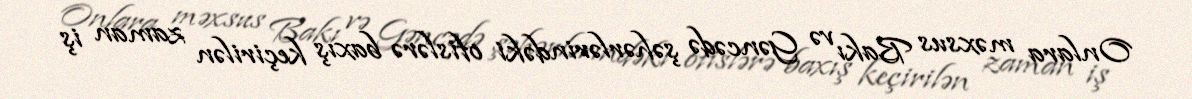
Onlara məxsus Bakı və Gəncədə şəhərlərindəki ofislərə baxış keçirilən zaman iş